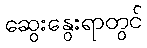
ဆွေးနွေးရာတွင်